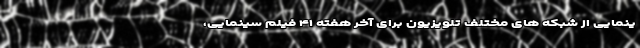
ینمایی از شبکه های مختلف تلویزیون برای آخر هفته ۴۱ فیلم سینمایی،